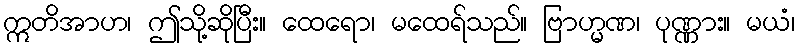
ဣတိအာဟ၊ ဤသို့ဆိုပြီး။ ထေရော၊ မထေရ်သည်။ ဗြာဟ္မဏ၊ ပုဏ္ဏား။ မယံ၊